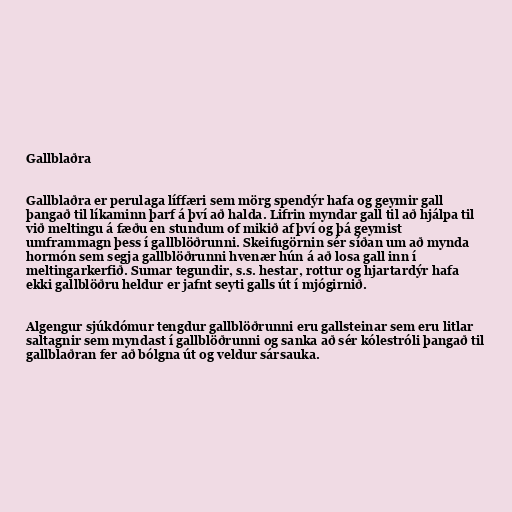
Gallblaðra

Gallblaðra er perulaga líffæri sem mörg spendýr hafa og geymir gall
þangað til líkaminn þarf á því að halda. Lifrin myndar gall til að hjálpa til
við meltingu á fæðu en stundum of mikið af því og þá geymist
umframmagn þess í gallblöðrunni. Skeifugörnin sér síðan um að mynda
hormón sem segja gallblöðrunni hvenær hún á að losa gall inn í
meltingarkerfið. Sumar tegundir, s.s. hestar, rottur og hjartardýr hafa
ekki gallblöðru heldur er jafnt seyti galls út í mjógirnið.

Algengur sjúkdómur tengdur gallblöðrunni eru gallsteinar sem eru litlar
saltagnir sem myndast í gallblöðrunni og sanka að sér kólestróli þangað til
gallblaðran fer að bólgna út og veldur sársauka.